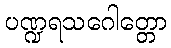
ပဏ္ဍရသဂေါတ္တော